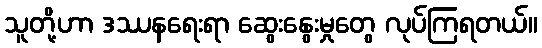
သူတို့ဟာ ဒဿနရေးရာ ဆွေးနွေးမှုတွေ လုပ်ကြရတယ်။